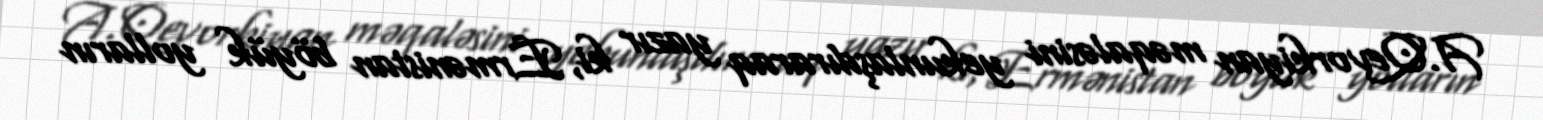
A.Qevorkiyan məqaləsini yekunlaşdıraraq yazır ki, Ermənistan böyük yolların